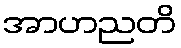
အာဟညတိ